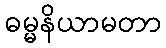
ဓမ္မနိယာမတာ